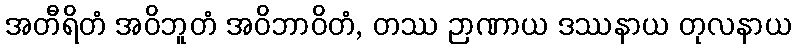
အတီရိတံ အဝိဘူတံ အဝိဘာဝိတံ, တဿ ဉာဏာယ ဒဿနာယ တုလနာယ